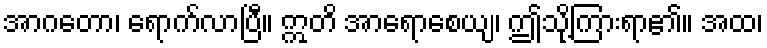
အာဂတော၊ ရောက်လာပြီ။ ဣတိ အာရောစေယျ၊ ဤသို့ကြားရာ၏။ အထ၊